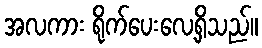
အလကား ရိုက်ပေးလေ့ရှိသည်။